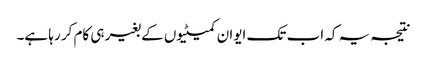
نتیجہ یہ کہ اب تک ایوان کمیٹیوں کے بغیر ہی کام کر رہا ہے۔